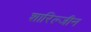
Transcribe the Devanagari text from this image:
शारिल्जीन